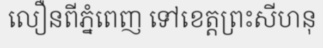
លឿនពីភ្នំពេញ ទៅខេត្តព្រះសីហនុ